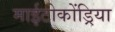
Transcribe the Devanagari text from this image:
माईटोकोंड्रिया